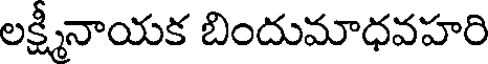
లక్ష్మీనాయక బిందుమాధవహరి